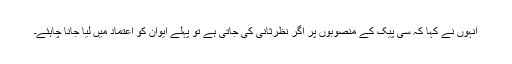
انہوں نے کہا کہ سی پیک کے منصوبوں پر اگر نظرثانی کی جاتی ہے تو پہلے ایوان کو اعتماد میں لیا جانا چاہئے۔